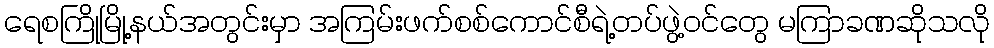
ရေစကြိုမြို့နယ်အတွင်းမှာ အကြမ်းဖက်စစ်ကောင်စီရဲ့တပ်ဖွဲ့ဝင်တွေ မကြာခဏဆိုသလို